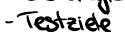
- Testziele